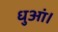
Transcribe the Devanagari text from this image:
धुआं।